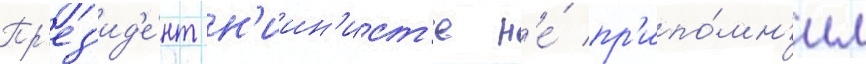
Пр'ез'ид'е́нт н'иин'ист'е н'е́ пр'ипо́мн'ил